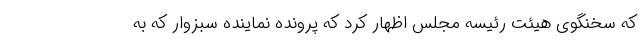
که سخنگوی هیئت رئیسه مجلس اظهار کرد که پرونده نماینده سبزوار که به